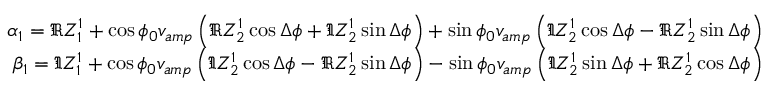
\begin{array} { r } { \alpha _ { 1 } = \Re Z _ { 1 } ^ { 1 } + \cos \phi _ { 0 } v _ { a m p } \left( \Re Z _ { 2 } ^ { 1 } \cos \Delta \phi + \Im Z _ { 2 } ^ { 1 } \sin \Delta \phi \right) + \sin \phi _ { 0 } v _ { a m p } \left( \Im Z _ { 2 } ^ { 1 } \cos \Delta \phi - \Re Z _ { 2 } ^ { 1 } \sin \Delta \phi \right) } \\ { \beta _ { 1 } = \Im Z _ { 1 } ^ { 1 } + \cos \phi _ { 0 } v _ { a m p } \left( \Im Z _ { 2 } ^ { 1 } \cos \Delta \phi - \Re Z _ { 2 } ^ { 1 } \sin \Delta \phi \right) - \sin \phi _ { 0 } v _ { a m p } \left( \Im Z _ { 2 } ^ { 1 } \sin \Delta \phi + \Re Z _ { 2 } ^ { 1 } \cos \Delta \phi \right) } \end{array}